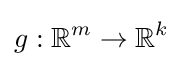
g:\mathbb {R} ^{m}\to \mathbb {R} ^{k}